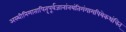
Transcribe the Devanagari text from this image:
अस्थीनिमातापितृपूर्वजानांनयंतिगंगामपियेकथंचित्